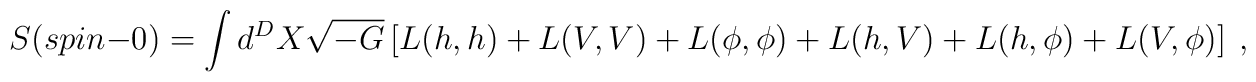
S(spin-0)= \int d^D X \sqrt{-G}\left[L(h,h) + L(V,V) + L(\phi,\phi)+ L(h,V) + L(h,\phi) +L(V,\phi)\right]~,